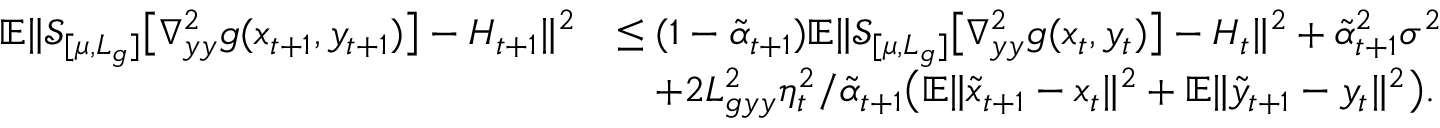
\begin{array} { r l } { \mathbb { E } \| \mathcal { S } _ { [ \mu , L _ { g } ] } \big [ \nabla _ { y y } ^ { 2 } g ( x _ { t + 1 } , y _ { t + 1 } ) \big ] - H _ { t + 1 } \| ^ { 2 } } & { \leq ( 1 - \tilde { \alpha } _ { t + 1 } ) \mathbb { E } \| \mathcal { S } _ { [ \mu , L _ { g } ] } \big [ \nabla _ { y y } ^ { 2 } g ( x _ { t } , y _ { t } ) \big ] - H _ { t } \| ^ { 2 } + \tilde { \alpha } _ { t + 1 } ^ { 2 } \sigma ^ { 2 } } \\ & { \quad + 2 L _ { g y y } ^ { 2 } \eta _ { t } ^ { 2 } / \tilde { \alpha } _ { t + 1 } \big ( \mathbb { E } \| \tilde { x } _ { t + 1 } - x _ { t } \| ^ { 2 } + \mathbb { E } \| \tilde { y } _ { t + 1 } - y _ { t } \| ^ { 2 } \big ) . } \end{array}